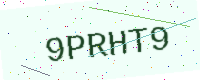
Text: 9PRHT9